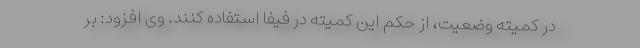
در کمیته وضعیت، از حکم این کمیته در فیفا استفاده کنند. وی افزود: بر